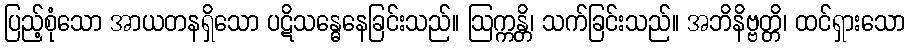
ပြည့်စုံသော အာယတနရှိသော ပဋိသန္ဓေနေခြင်းသည်။ ဩက္ကန္တိ၊ သက်ခြင်းသည်။ အဘိနိဗ္ဗတ္တိ၊ ထင်ရှားသော